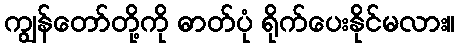
ကျွန်တော်တို့ကို ဓာတ်ပုံ ရိုက်ပေးနိုင်မလား။